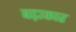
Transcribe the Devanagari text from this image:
बढ़ाकार